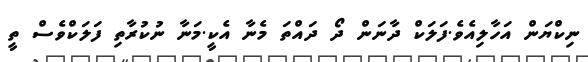
ނިކްޔަން އަހާލިއެވެ.ފަލަކް ދާނަން ދޯ ދައްތަ މެނާ އެކީ.މަނާ ނުކުރާތި ފަލަކްވެސް ތީ